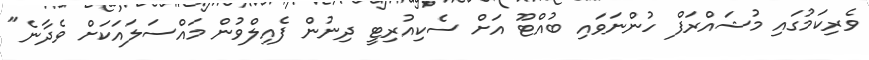
ވެރިކަމުގައި މުޝައްރަފް ހުންނަވައި ބުއްޓޫ އަށް ސެކިއުރިޓީ ދިނުން ފެއިލްވުން މައްސަލައަކަށް ވެދާނެ"